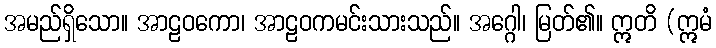
အမည်ရှိသော။ အာဠဝကော၊ အာဠဝကမင်းသားသည်။ အဂ္ဂေါ၊ မြတ်၏။ ဣတိ (ဣမံ